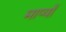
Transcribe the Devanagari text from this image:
माप्याँ